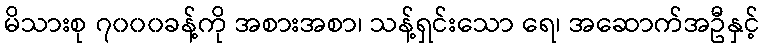
မိသားစု ၇၀၀၀ခန့်ကို အစားအစာ၊ သန့်ရှင်းသော ရေ၊ အဆောက်အဦနှင့်